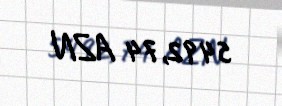
5492,74 AZN